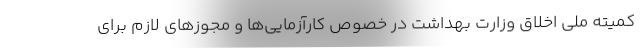
کمیته ملی اخلاق وزارت بهداشت در خصوص کارآزمایی‌ها و مجوزهای لازم برای